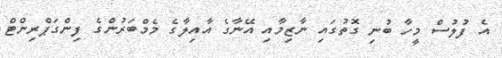
އެ ފުލުސް މީހާ ބުނި ގޮތުގައި ނާޒިމާއި އޭނާގެ އާއިލާގެ މެމްބަރުންގެ ފިންގަޕްރިންޓް